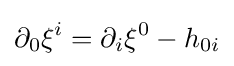
\partial _{0}\xi ^{i}=\partial _{i}\xi ^{0}-h_{0i}